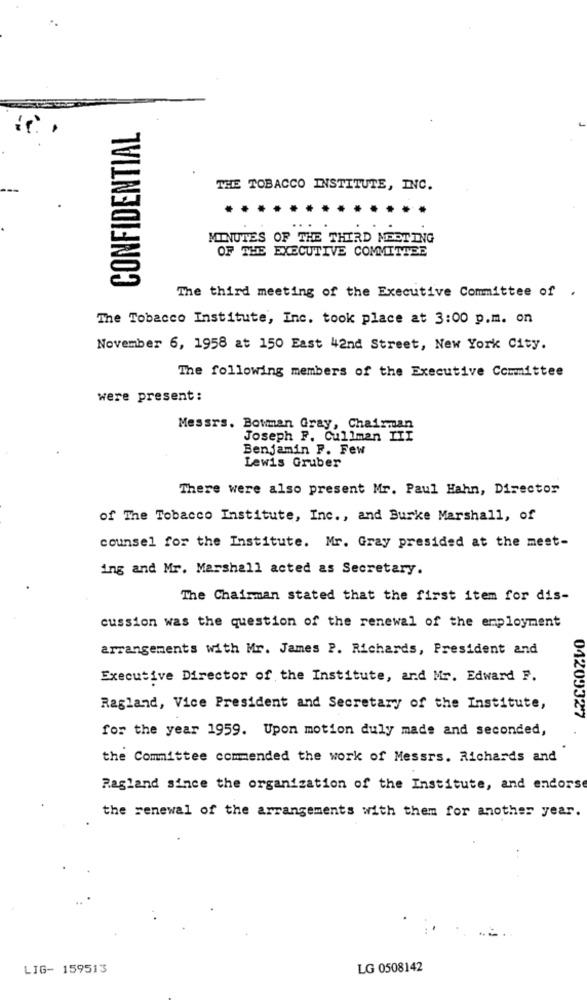
CONFIDENTIAL
THE TOBACCO INSTITUTE, INC.
MINUTES OF THE THIRD MEETING
OF THE EXECUTIVE COMMITTEE
The third meeting of the Executive Committee of .
The Tobacco Institute, Inc. took place at 3:00 p.m. on
November 6, 1958 at 150 East 42nd Street, New York City.
The following members of the Executive Committee
were present:
Messrs. Bowman Gray, Chairman
Joseph F. Cullman III
Benjamin F. Few
Lewis Gruber
There were also present Mr. Paul Hahn, Director
of The Tobacco Institute, Inc ., and Burke Marshall, of
counsel for the Institute. Mr. Gray presided at the mest-
ing and Mr. Marshall acted as Secretary.
The Chairman stated that the first item for dis-
cussion was the question of the renewal of the employment
arrangements with Mr. James P. Richards, President and
Executive Director of the Institute, and Mr. Edward F.
Ragland, Vice President and Secretary of the Institute,
04209327
for the year 1959. Upon motion duly made and seconded,
the Committee commended the work of Messrs. Richards and
Ragland since the organization of the Institute, and endorse
the renewal of the arrangements with them for another year.
LIG- 159513
LG 0508142